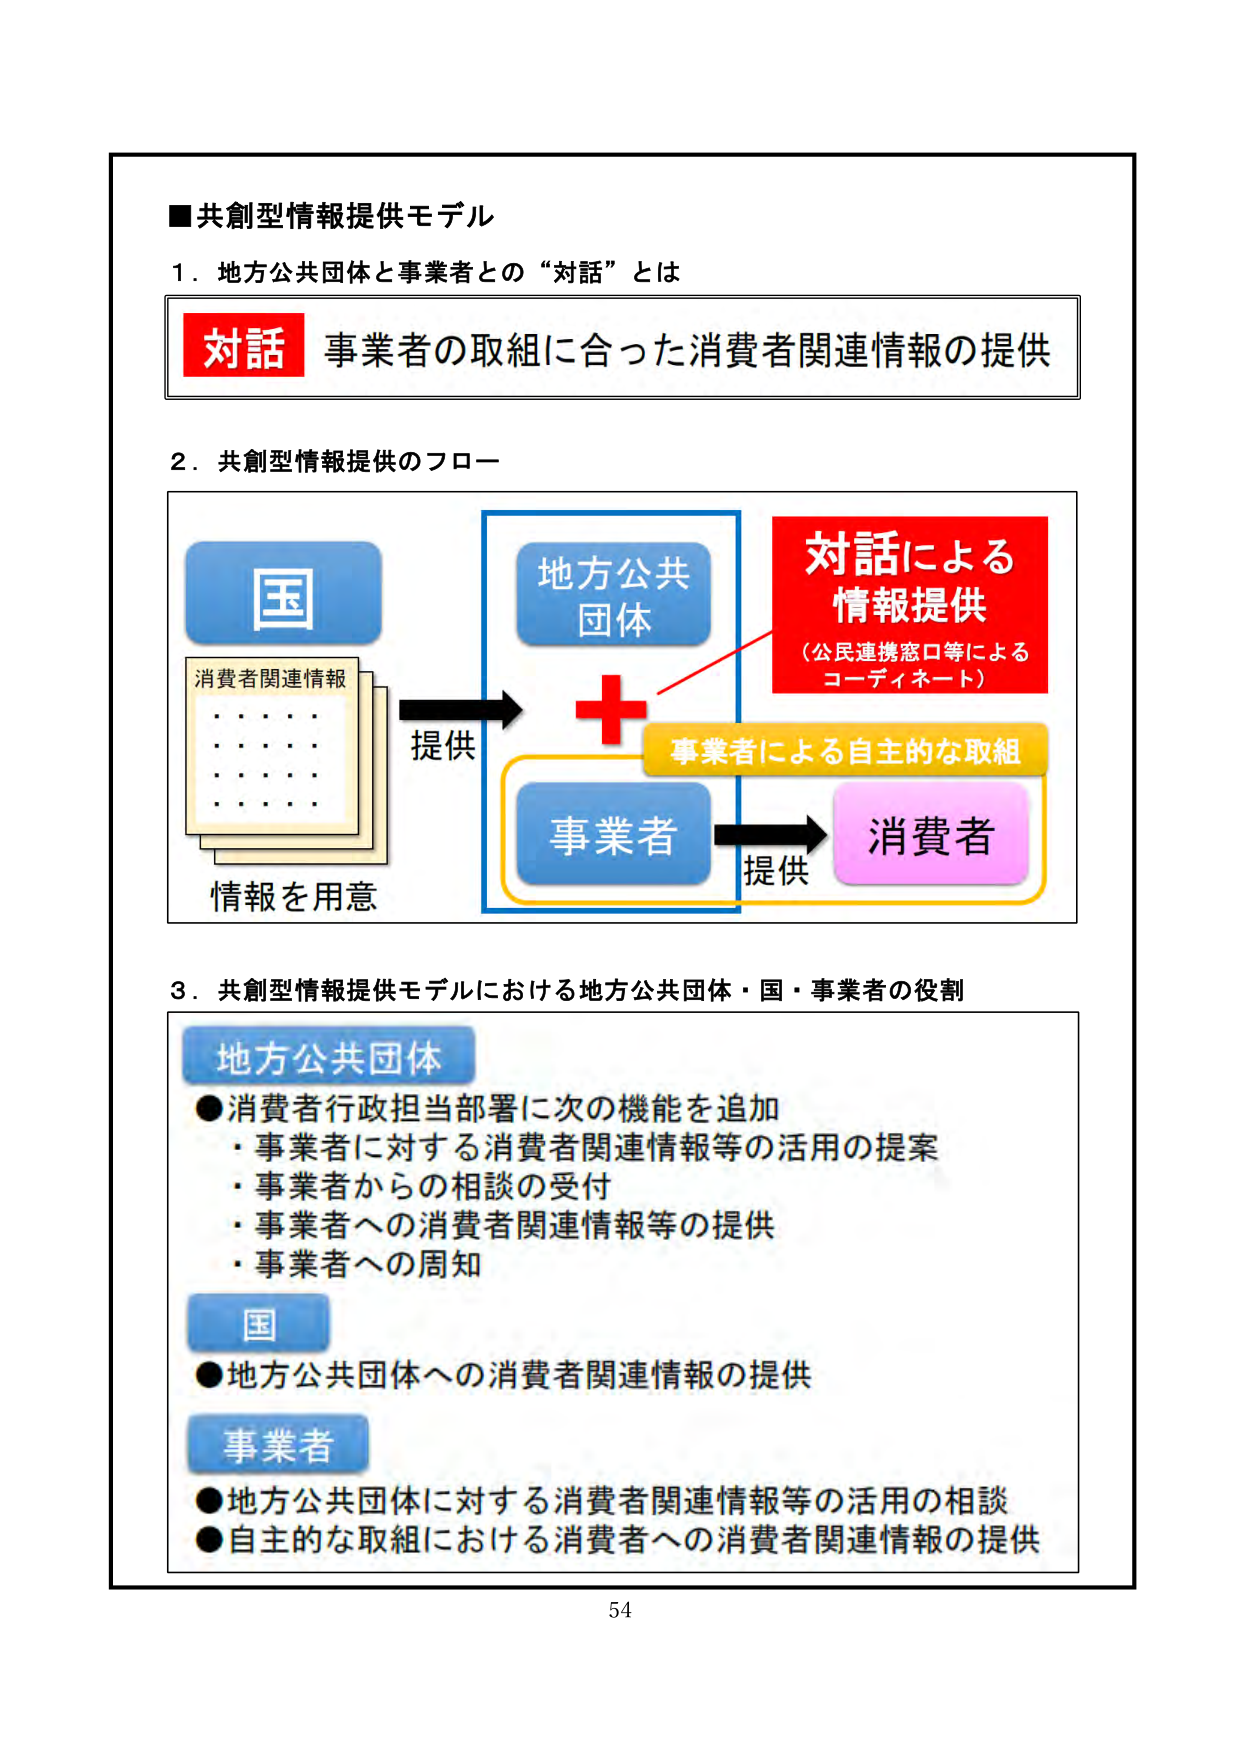
■共創型情報提供モデル

1．地方公共団体と事業者との“対話”とは

対話 事業者の取組に合った消費者関連情報の提供

2．共創型情報提供のフロー

国
消費者関連情報
・・・・
・・・・
・・・・
情報を用意

提供

地方公共
団体
＋
対話による
情報提供
（公民連携窓口等による
コーディネート）

事業者による自主的な取組

事業者
提供
消費者

3．共創型情報提供モデルにおける地方公共団体・国・事業者の役割

地方公共団体
●消費者行政担当部署に次の機能を追加
・事業者に対する消費者関連情報等の活用の提案
・事業者からの相談の受付
・事業者への消費者関連情報等の提供
・事業者への周知

国
●地方公共団体への消費者関連情報の提供

事業者
●地方公共団体に対する消費者関連情報等の活用の相談
●自主的な取組における消費者への消費者関連情報の提供

54